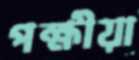
পক্ষীয়া